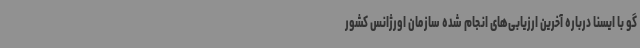
گو با ایسنا درباره آخرین ارزیابی‌های انجام شده سازمان اورژانس کشور